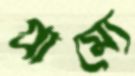
গ্রাম্যে